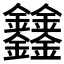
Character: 𨰻